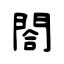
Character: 閤